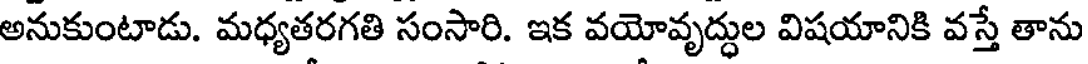
అనుకుంటాడు. మధ్యతరగతి సంసారి. ఇక వయోవృద్ధుల విషయానికి వస్తే తాను